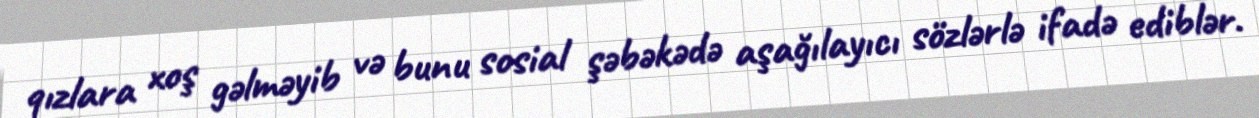
qızlara xoş gəlməyib və bunu sosial şəbəkədə aşağılayıcı sözlərlə ifadə ediblər.